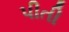
પીતી